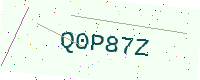
Text: Q0P87Z